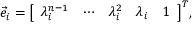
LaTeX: { \vec { e } } _ { i } = { \left[ \begin{array} { l l l l l } { \lambda _ { i } ^ { n - 1 } } & { \cdots } & { \lambda _ { i } ^ { 2 } } & { \lambda _ { i } } & { 1 } \end{array} \right] } ^ { T } ,